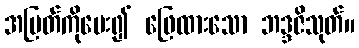
အမြတ်ကိုမေး၍ ဖြေထားသော ဘဒ္ဒဇိသုတ်။